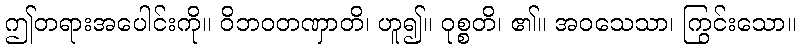
ဤတရားအပေါင်းကို။ ဝိဘဝတဏှာတိ၊ ဟူ၍။ ဝုစ္စတိ၊ ၏။ အဝသေသာ၊ ကြွင်းသော။